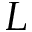
L